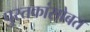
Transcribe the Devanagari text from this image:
पुस्तकांसोबत